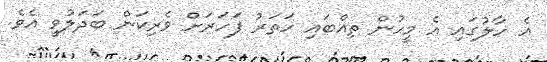
އެ ހާލުގައި އެ މީހުން ތިއްބައި ހަތަރު ފަހަރަށް ވެރިކަން ބަދަލުވީ އެވެ.